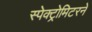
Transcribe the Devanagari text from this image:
स्पेक्ट्रोमिटरने